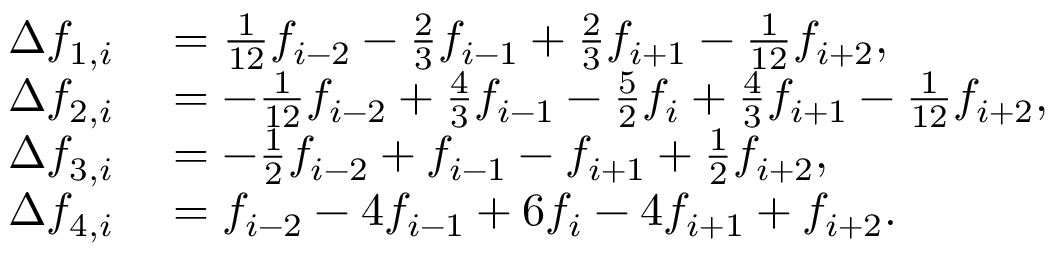
\begin{array} { r l } { \Delta f _ { 1 , i } } & { { } = \frac { 1 } { 1 2 } f _ { i - 2 } - \frac { 2 } { 3 } f _ { i - 1 } + \frac { 2 } { 3 } f _ { i + 1 } - \frac { 1 } { 1 2 } f _ { i + 2 } , } \\ { \Delta f _ { 2 , i } } & { { } = - \frac { 1 } { 1 2 } f _ { i - 2 } + \frac { 4 } { 3 } f _ { i - 1 } - \frac { 5 } { 2 } f _ { i } + \frac { 4 } { 3 } f _ { i + 1 } - \frac { 1 } { 1 2 } f _ { i + 2 } , } \\ { \Delta f _ { 3 , i } } & { { } = - \frac { 1 } { 2 } f _ { i - 2 } + f _ { i - 1 } - f _ { i + 1 } + \frac { 1 } { 2 } f _ { i + 2 } , } \\ { \Delta f _ { 4 , i } } & { { } = f _ { i - 2 } - 4 f _ { i - 1 } + 6 f _ { i } - 4 f _ { i + 1 } + f _ { i + 2 } . } \end{array}